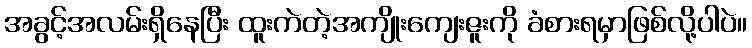
အခွင့်အလမ်းရှိနေပြီး ထူးကဲတဲ့အကျိုးကျေးဇူးကို ခံစားရမှာဖြစ်လို့ပါပဲ။